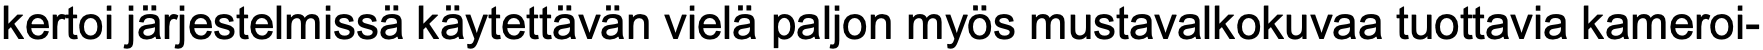
kertoi järjestelmissä käytettävän vielä paljon myös mustavalkokuvaa tuottavia kameroi-